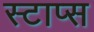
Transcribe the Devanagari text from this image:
स्टाप्स